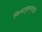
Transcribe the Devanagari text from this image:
नित्यानुष्ठानतोऽपि